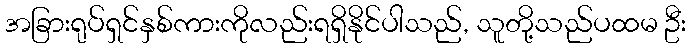
အခြားရုပ်ရှင်နှစ်ကားကိုလည်းရရှိနိုင်ပါသည်, သူတို့သည်ပထမ ဦး